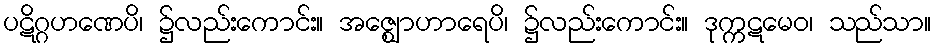
ပဋိဂ္ဂဟဏေပိ၊ ၌လည်းကောင်း။ အဇ္ဈောဟာရေပိ၊ ၌လည်းကောင်း။ ဒုက္ကဋမေဝ၊ သည်သာ။